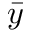
\bar { y }